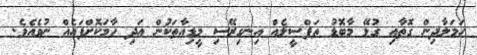
ހަމަލާދިން ގޮތާއި ގުޅޭ މާބޮޑު ތަފްސީލެއް އިނގިރޭސި މީޑިއާތަކުން އަދި ހާމަކޮށްފައެއް ނުވެއެވެ.